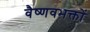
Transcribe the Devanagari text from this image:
वैष्णवभक्तों